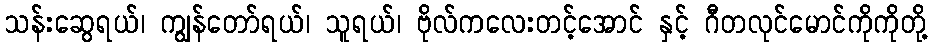
သန်းဆွေရယ်၊ ကျွန်တော်ရယ်၊ သူရယ်၊ ဗိုလ်ကလေးတင့်အောင် နှင့် ဂီတလုင်မောင်ကိုကိုတို့